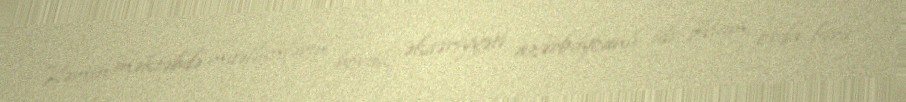
Həmin məktəbdə müəllimlərin böyük əksəriyyəti azərbaycanlı idi. Atam orda fars